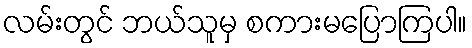
လမ်းတွင် ဘယ်သူမှ စကားမပြောကြပါ။